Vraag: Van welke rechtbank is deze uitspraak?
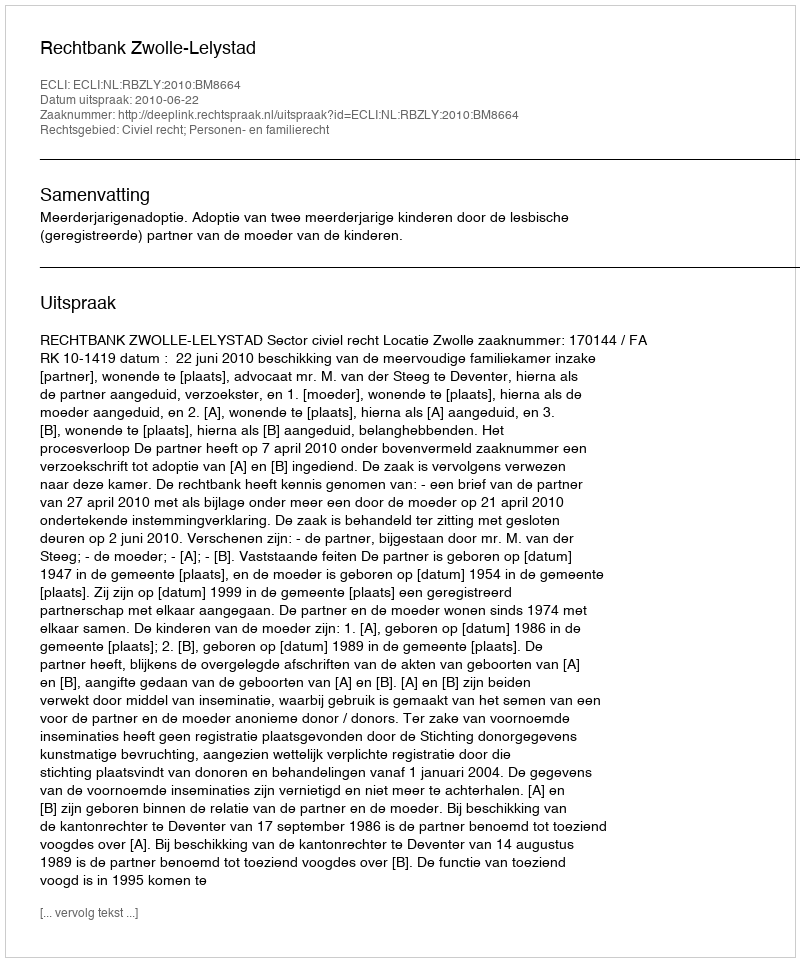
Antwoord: Rechtbank Zwolle-Lelystad